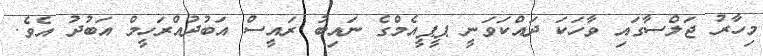
މިހާރު ޖަލްސާގައި ވާހަކަ ދައްކަވަނީ ޕީޕީއެމްގެ ނައިބު ރައީސް އަބުދުއްރަހީމް އަބުދު އެވެ.